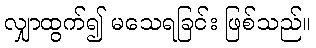
လျှာထွက်၍ မသေရခြင်း ဖြစ်သည်။